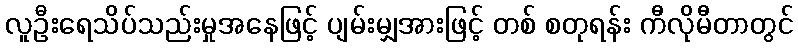
လူဦးရေသိပ်သည်းမှုအနေဖြင့် ပျမ်းမျှအားဖြင့် တစ် စတုရန်း ကီလိုမီတာတွင်